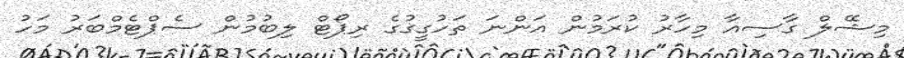
މިޝޭލް ގާސިއާ މިހާރު ކުރަމުން އަންނަ ތަހުގީގުގެ ރިޕޯޓް ލިބުމުން ސެޕްޓެމްބަރު މަހު